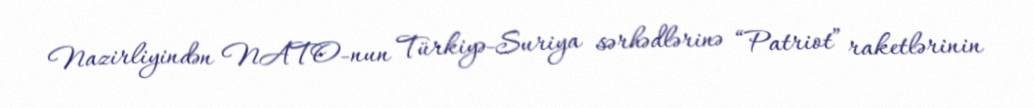
Nazirliyindən NATO-nun Türkiyə-Suriya sərhədlərinə “Patriot” raketlərinin